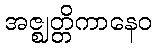
အဇ္ဈတ္တိကာနေဝ